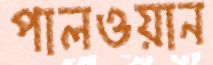
পালওয়ান